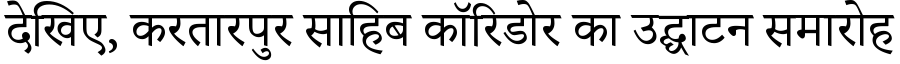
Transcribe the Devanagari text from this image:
देखिए, करतारपुर साहिब कॉरिडोर का उद्घाटन समारोह